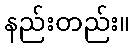
နည်းတည်း။